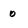
Character: 0